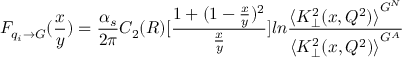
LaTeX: F _ { q _ { i } \rightarrow G } ( \frac x y ) = \frac { \alpha _ { s } } { 2 \pi } C _ { 2 } ( R ) [ \frac { 1 + ( 1 - \frac x y ) ^ { 2 } } { \frac x y } ] l n \frac { { \langle K _ { \perp } ^ { 2 } ( x , Q ^ { 2 } ) \rangle } ^ { G ^ { N } } } { { \langle K _ { \perp } ^ { 2 } ( x , Q ^ { 2 } ) \rangle } ^ { G ^ { A } } }